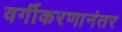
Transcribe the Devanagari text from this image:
वर्गीकरणानंतर